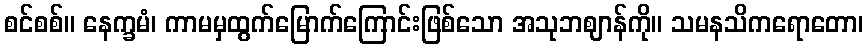
စင်စစ်။ နေက္ခမံ၊ ကာမမှထွက်မြောက်ကြောင်းဖြစ်သော အသုဘဈာန်ကို။ သမနသိကရောတော၊